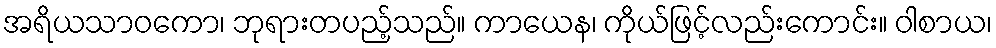
အရိယသာဝကော၊ ဘုရားတပည့်သည်။ ကာယေန၊ ကိုယ်ဖြင့်လည်းကောင်း။ ဝါစာယ၊